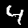
Digit: 4